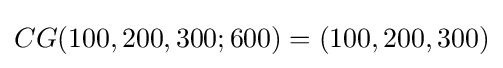
CG(100,200,300;600)=(100,200,300)